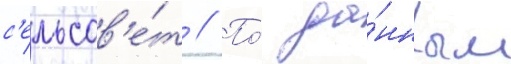
с'ельсов'е́т // По́ да́нным